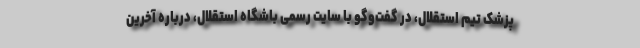
پزشک تیم استقلال، در گفت‌وگو با سایت رسمی باشگاه استقلال، درباره آخرین